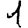
Digit: 1